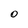
Character: o